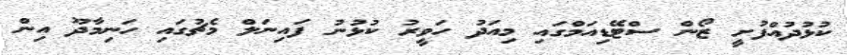
ކުޅުދުއްފުށީ ޒޯން ސްޓޭޑިއަމްގައި މިއަދު ހަވީރު ކުޅުނު ފައިނަލް މެޗުގައި ހަނިމާދޫ އިން